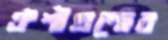
ঐশীগ্রন্থের